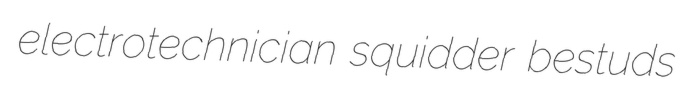
electrotechnician squidder bestuds